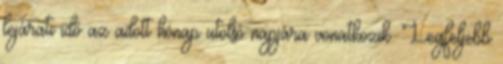
lejárati idő az adott hónap utolsó napjára vonatkozik. Legfeljebb